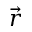
\vec { r }